Problem: 20 + 44 = ?
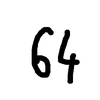
Handwritten answer: 64